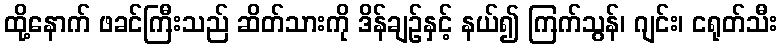
ထို့နောက် ဖခင်ကြီးသည် ဆိတ်သားကို ဒိန်ချဉ်နှင့် နယ်၍ ကြက်သွန်၊ ဂျင်း၊ ငရုတ်သီး